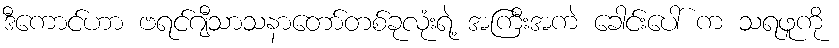
ဒီကောင်ဟာ ဗရင်ဂျီသာသနာတော်တစ်ခုလုံးရဲ့ အကြီးအကဲ ခေါင်းပေါ် က သရဖူကို